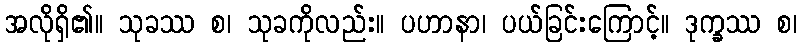
အလိုရှိ၏။ သုခဿ စ၊ သုခကိုလည်း။ ပဟာနာ၊ ပယ်ခြင်းကြောင့်။ ဒုက္ခဿ စ၊